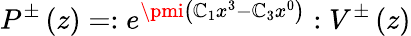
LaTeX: P^{\pm}\left(z\right)=:e^{\pmi\left(\mathbb{C}_{1}x^{3}-\mathbb{C}_{3}x^{0}\right)}:V^{\pm}\left(z\right)